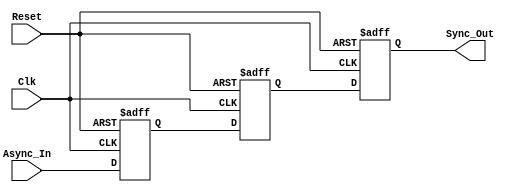
module dual_flip_flop_synchronizer (
    input wire Async_In,  // Asynchronous input signal
    input wire Clk,       // Clock signal for the destination clock domain
    input wire Reset,     // Optional asynchronous reset signal
    output reg Sync_Out   // Synchronized output signal
);

    // Internal signals for the flip-flops
    reg FF1;  // Output of the first flip-flop
    reg FF2;  // Output of the second flip-flop

    // First flip-flop (FF1)
    always @(posedge Clk or posedge Reset) begin
        if (Reset) begin
            FF1 <= 1'b0;  // Reset FF1 to known state
        end else begin
            FF1 <= Async_In;  // Sample the asynchronous input
        end
    end

    // Second flip-flop (FF2)
    always @(posedge Clk or posedge Reset) begin
        if (Reset) begin
            FF2 <= 1'b0;  // Reset FF2 to known state
        end else begin
            FF2 <= FF1;  // Sample the output of the first flip-flop
        end
    end

    // Output assignment
    always @(posedge Clk or posedge Reset) begin
        if (Reset) begin
            Sync_Out <= 1'b0;  // Reset Sync_Out to known state
        end else begin
            Sync_Out <= FF2;  // Assign the output of the second flip-flop
        end
    end

endmodule